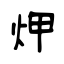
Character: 炠